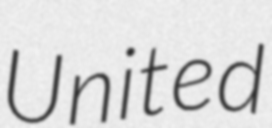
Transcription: United